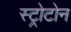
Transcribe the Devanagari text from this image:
स्ट्रोटोन